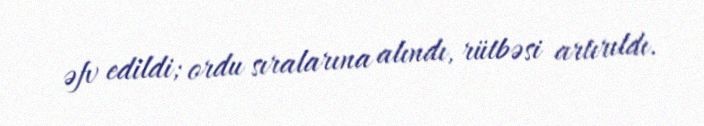
əfv edildi; ordu sıralarına alındı, rütbəsi artırıldı.